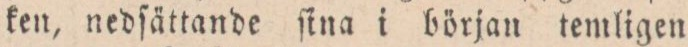
ken, nedſättande ſina i början temligen